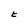
Character: t